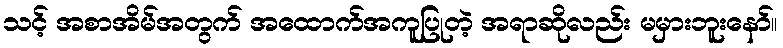
သင့် အစာအိမ်အတွက် အထောက်အကူပြုတဲ့ အရာဆိုလည်း မမှားဘူးနော်။